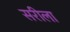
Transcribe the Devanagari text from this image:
सरीला